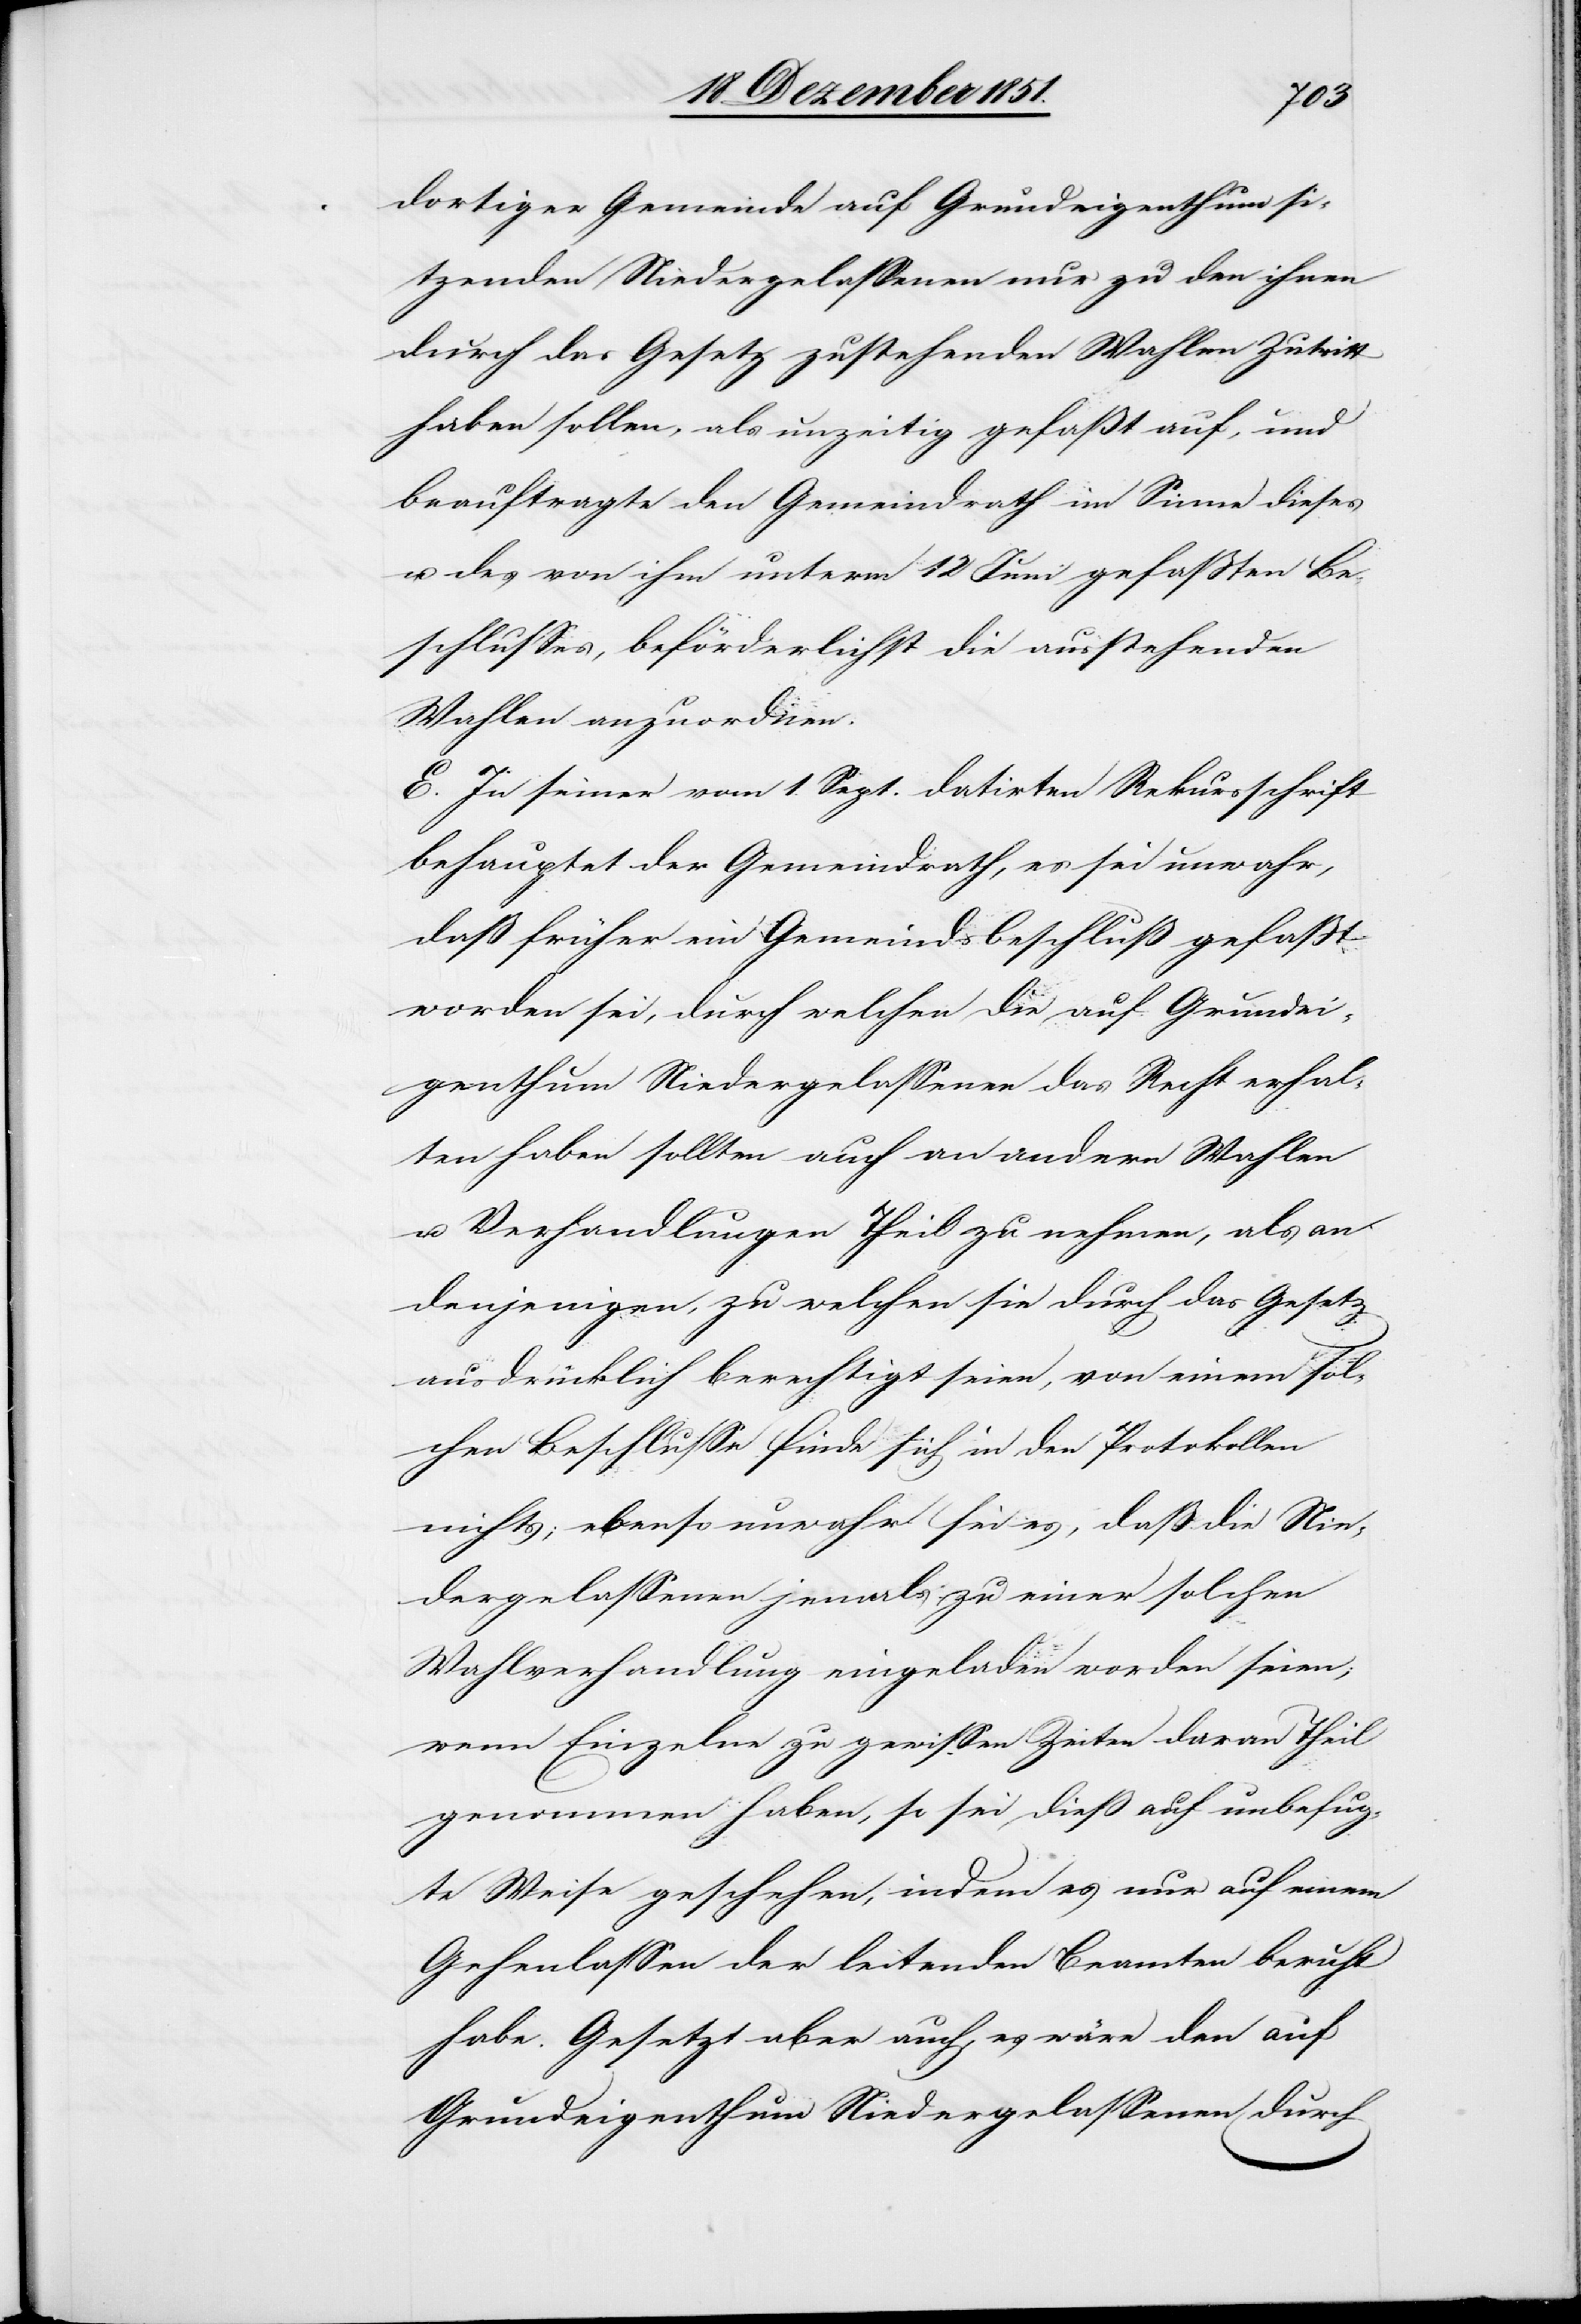
dortiger Gemeinde auf Grundeigenthum si¬
tzenden Niedergelassenen nur zu den ihnen
durch das Gesetz zustehenden Wahlen Zutritt
haben sollen, als unzeitig gefaßt auf, und
beauftragte den Gemeindrath im Sinne dieses
u. des von ihm unterm 12 Juni gefaßten Be¬
schlusses, beförderlichst die ausstehenden
Wahlen anzuordnen.
E. In seiner vom 1. Sept. datirten Rekursschrift
behauptet der Gemeindrath, es sei unwahr,
daß früher ein Gemeindsbeschluß gefaßt
worden sei, durch welchen die auf Grundei¬
genthum Niedergelassenen das Recht erhal¬
ten haben sollten auch an andern Wahlen
u. Verhandlungen Theil zu nehmen, als an
denjenigen, zu welchen sie durch das Gesetz
ausdrücklich berechtigt seien, von einem sol¬
chen Beschlusse finde sich in den Protokollen
nichts; ebenso unwahr sei es, daß die Nie¬
dergelassenen jemals zu einer solchen
Wahlverhandlung eingeladen worden seien,
wenn Einzelne zu gewissen Zeiten daran Theil
genommen haben, so sei dieß auf unbefug¬
te Weise geschehen, indem es nur auf einem
Gehenlassen der leitenden Beamten beruht
habe. Gesetzt aber auch, es wäre den auf
Grundeigenthum Niedergelassenen durch